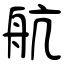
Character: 航